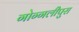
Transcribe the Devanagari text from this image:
गोग्गलीपुरा